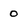
Character: 0